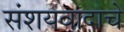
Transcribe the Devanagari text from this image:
संशयवादाचे